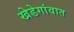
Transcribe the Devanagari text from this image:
खेडेगांवात